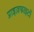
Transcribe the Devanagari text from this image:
प्राइज़फाइटों